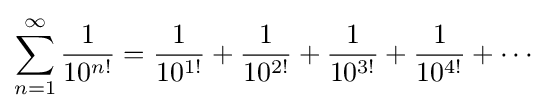
\sum _{n=1}^{\infty }{\frac {1}{10^{n!}}}={\frac {1}{10^{1!}}}+{\frac {1}{10^{2!}}}+{\frac {1}{10^{3!}}}+{\frac {1}{10^{4!}}}+\cdots